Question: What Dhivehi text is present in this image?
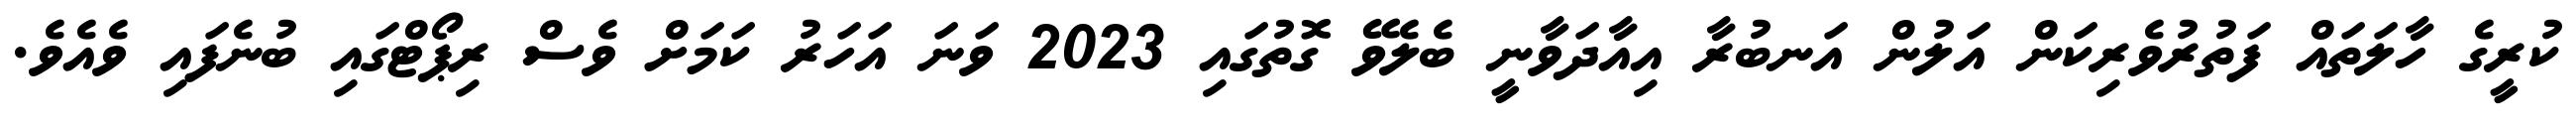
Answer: ކުރީގެ ހާލަތައް ފަތުރުވެރިކަން އަލުން އަނބުރާ އިއާދަވާނީ ބެލެވޭ ގޮތުގައި 2023 ވަނަ އަހަރު ކަމަށް ވެސް ރިޕޯޓްގައި ބުނެފައި ވެއެވެ.